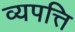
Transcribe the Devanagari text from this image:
व्यपत्ति